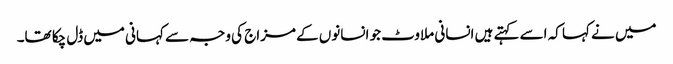
میں نے کہا کہ اسے کہتے ہیں انسانی ملاوٹ جو انسانوں کے مزاج کی وجہ سے کہانی میں ڈل چکا تھا۔